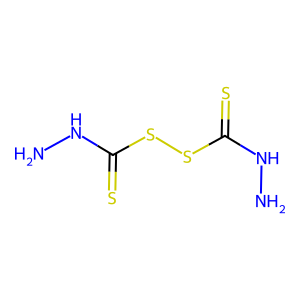
SMILES: NNC(=S)SSC(=S)NN
Inhibits HIV replication: No